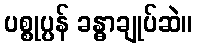
ပစ္စုပ္ပန် ခန္ဓာချုပ်ဆဲ။